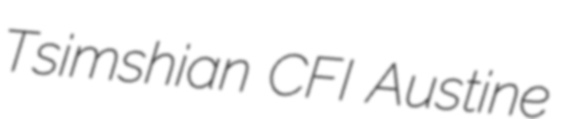
Tsimshian CFI Austine